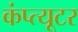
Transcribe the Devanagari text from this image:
कंप्त्यूटर